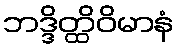
ဘဒ္ဒိတ္ထိဝိမာနံ